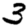
Digit: 3